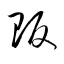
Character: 販